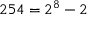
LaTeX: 2 5 4 = 2 ^ { 8 } - 2